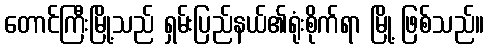
တောင်ကြီးမြို့သည် ရှမ်းပြည်နယ်၏ရုံးစိုက်ရာ မြို့ ဖြစ်သည်။